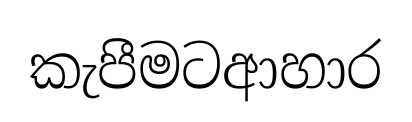
කැපීමටආහාර